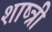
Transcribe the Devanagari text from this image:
शाष्त्री